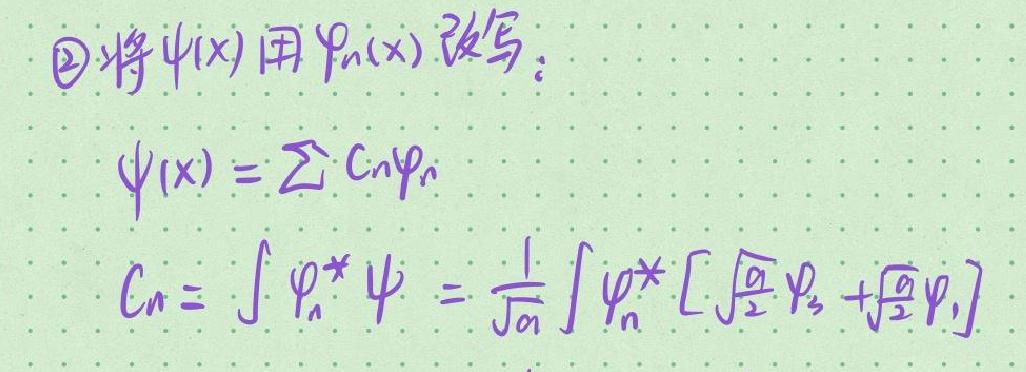
$\textcircled{2}$将$\psi(x)$用$\varphi_{n}(x)$改写：
$\psi(x)=\sum C_{n}\varphi_{n}$
$C_{n}=\int\varphi_{n}^{*}\psi=\frac{1}{\sqrt{a}}\int\varphi_{n}^{*}[\sqrt{\frac{a}{2}}\varphi_{2}+\sqrt{\frac{a}{2}}\varphi_{1}]$